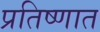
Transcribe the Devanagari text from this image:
प्रतिष्णात